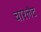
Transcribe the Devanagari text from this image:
चारलेट